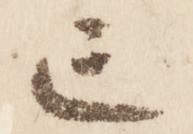
亡